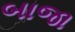
બાજા